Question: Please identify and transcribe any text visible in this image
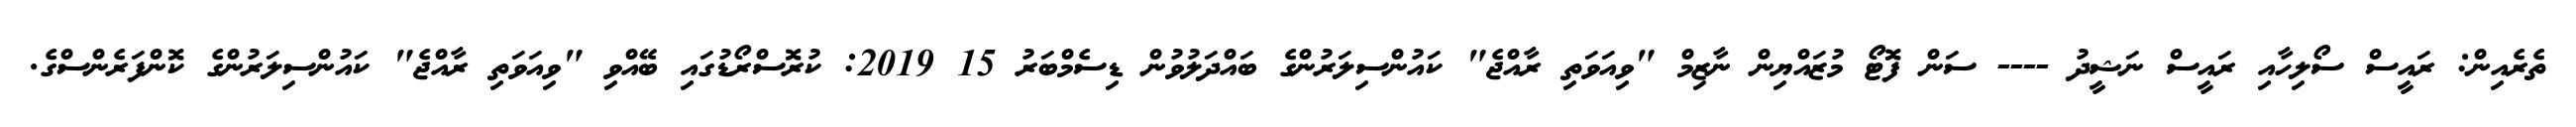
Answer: ތެރެއިން: ރައީސް ސޯލިހާއި ރައީސް ނަޝީދު ---- ސަން ފޮޓޯ މުޒައްޔިން ނާޒިމް "ވިއަވަތި ރާއްޖެ" ކައުންސިލަރުންގެ ބައްދަލުވުން ޑިސެމްބަރު 15 2019: ކުރޮސްރޯޑުގައި ބޭއްވި "ވިއަވަތި ރާއްޖެ" ކައުންސިލަރުންގެ ކޮންފަރެންސްގެ.